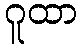
ဂူထာ